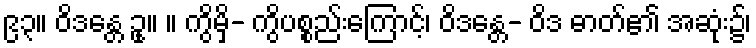
၉၃။ ဝိဒန္တေ ဥု။ ။ ကွိမှိ- ကွိပစ္စည်းကြောင့်၊ ဝိဒန္တေ- ဝိဒ ဓာတ်၏ အဆုံး၌၊